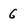
Character: 6